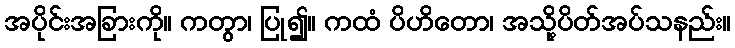
အပိုင်းအခြားကို။ ကတွာ၊ ပြု၍။ ကထံ ပိဟိတော၊ အသို့ပိတ်အပ်သနည်း။